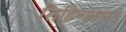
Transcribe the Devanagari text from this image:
लिहिण्यामागे